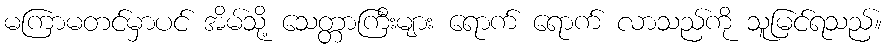
မကြာမတင်မှာပင် အိမ်သို့ သေတ္တာကြီးများ ရောက် ရောက် လာသည်ကို သူမြင်ရသည်။